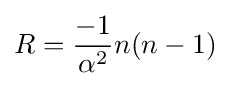
R={\frac {-1}{\alpha ^{2}}}n(n-1)